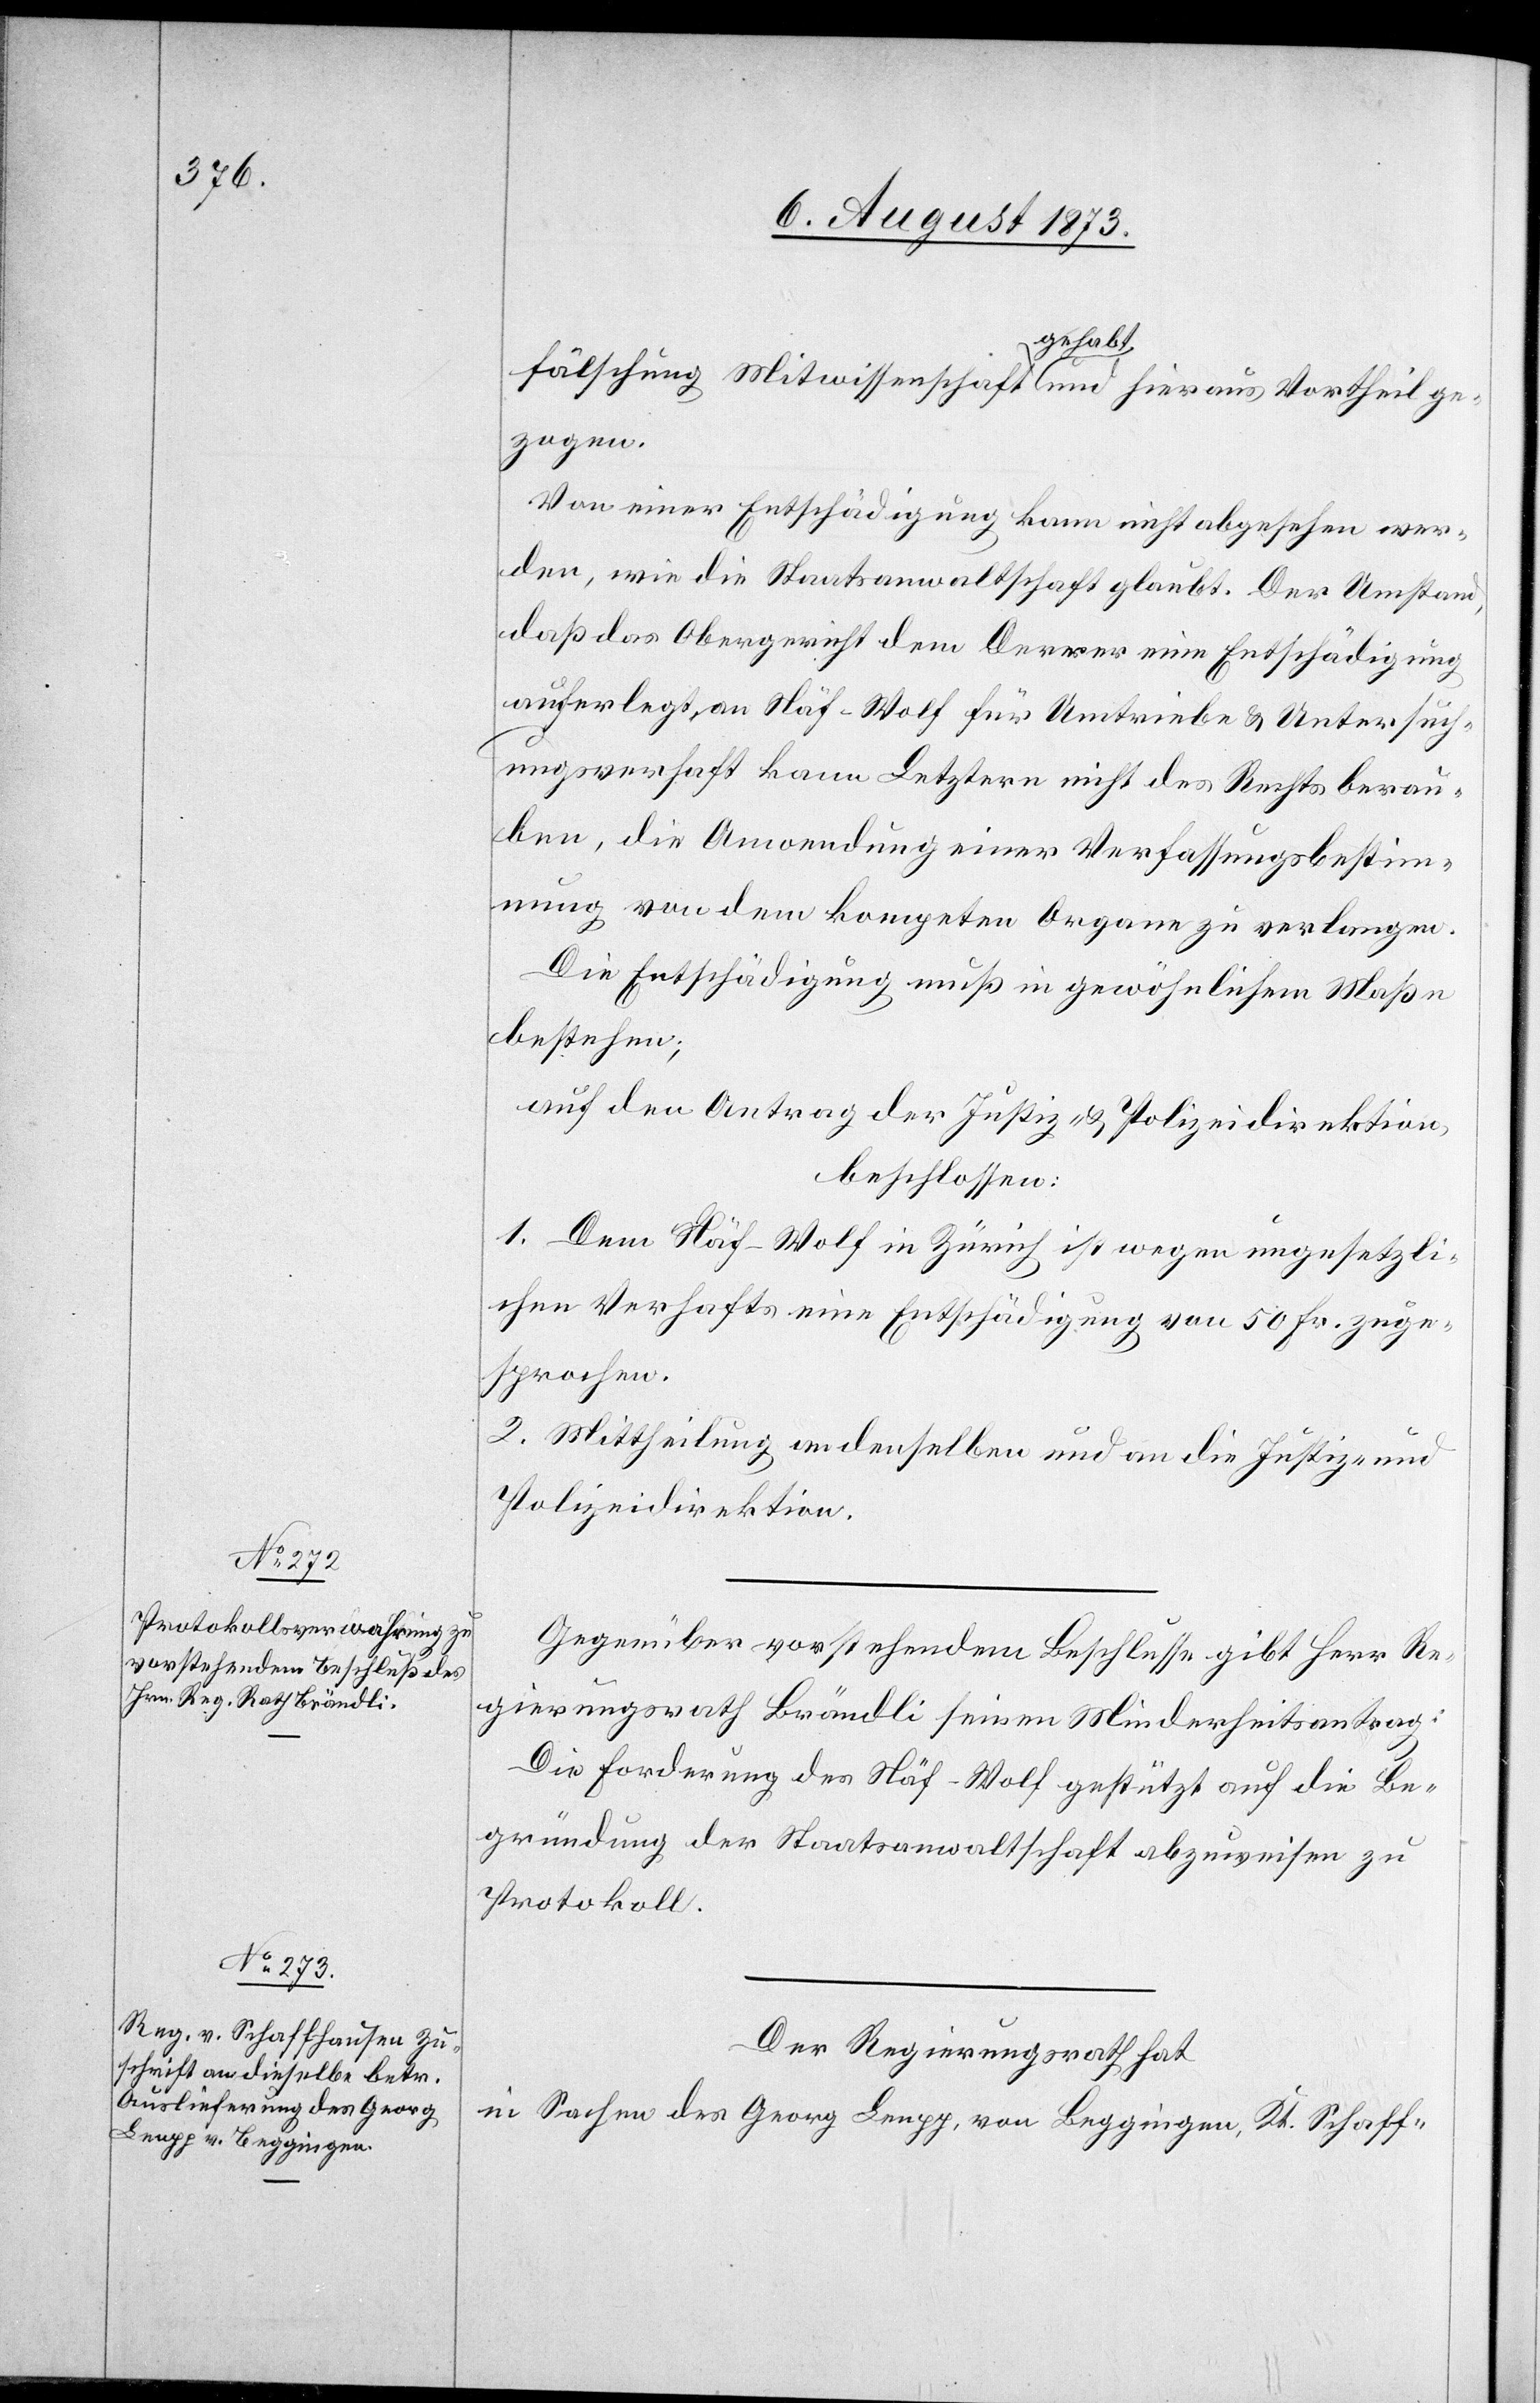
fälschung Mitwissenschaft gehabt und hieraus Vortheil ge¬
zogen.
Von einer Entschädigung kann nicht abgesehen wer¬
den, wie die Staatsanwaltschaft glaubt. Der Umstand,
daß das Obergericht dem Derrer eine Entschädigung
auferlegt, an Näf-Wolf für Umtriebe & Untersuch¬
ungsverhaft kann Letztern nicht des Rechts berau¬
ben, die Anwendung einer Verfassungsbestim¬
mung von dem kompeten[ten] Organe zu verlangen.
Die Entschädigung muß in gewöhnlichem Maße
bestehen;
auf den Antrag der Justiz- & Polizeidirektion,
beschlossen:
1. Dem Näf-Wolf in Zürich ist wegen ungesetzli¬
chen Verhafts eine Entschädigung von 50 Fr. zuge¬
sprochen.
2. Mittheilung an denselben und an die Justiz- und
Polizeidirektion.
Gegenüber vorstehendem Beschlusse gibt Herr Re¬
gierungsrath Brändli seinen Minderheitsantrag:
die Forderung des Näf-Wolf gestützt auf die Be¬
gründung der Staatsanwaltschaft abzuweisen zu
Protokoll.
Der Regierungsrath hat
in Sachen des Georg Leupp, von Beggingen, Kt. Schaff-